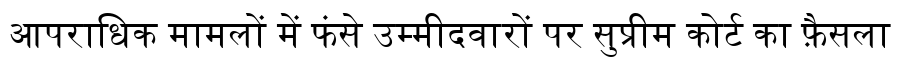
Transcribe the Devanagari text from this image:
आपराधिक मामलों में फंसे उम्मीदवारों पर सुप्रीम कोर्ट का फ़ैसला